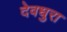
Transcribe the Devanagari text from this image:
देवधुरा